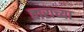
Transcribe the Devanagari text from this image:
वाराच्या